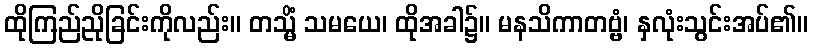
ထိုကြည်ညိုခြင်းကိုလည်း။ တသ္မိံ သမယေ၊ ထိုအခါ၌။ မနသိကာတဗ္ဗံ၊ နှလုံးသွင်းအပ်၏။